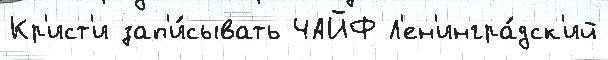
Кр'ист'и зап'и́сывать ЧАЙФ Л'ен'ингра́дск'ий